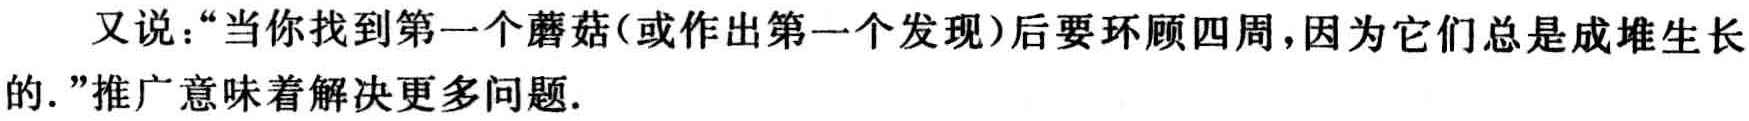
又说：“当你找到第一个蘑菇(或作出第一个发现)后要环顾四周，因为它们总是成堆生长的.”推广意味着解决更多问题.